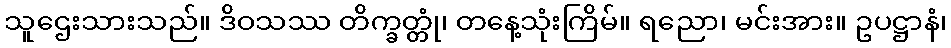
သူဌေးသားသည်။ ဒိဝသဿ တိက္ခတ္တုံ၊ တနေ့သုံးကြိမ်။ ရညော၊ မင်းအား။ ဥပဋ္ဌာနံ၊